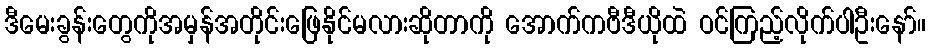
ဒီမေးခွန်းတွေကိုအမှန်အတိုင်းဖြေနိုင်မလားဆိုတာကို အောက်ကဗီဒီယိုထဲ ဝင်ကြည့်လိုက်ပါဦးနော်။